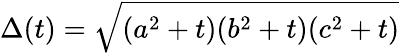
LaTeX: \Delta(t)=\sqrt{(a^{2}+t)(b^{2}+t)(c^{2}+t)}